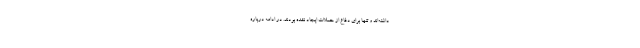
داشته‌اند و تنها برای دفاع از حملات ایجاد نشده بودند. در ادامه درباره